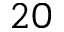
2 0